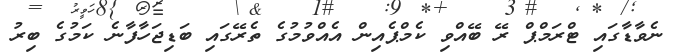
ނެވާޑާގައި ޓްރަމްޕް ރޭ ބޭއްވި ކެމްޕެއިން އެއްވުމުގެ ތެރޭގައި ބަޑިޖަހާފާނެ ކަމުގެ ބިރު